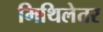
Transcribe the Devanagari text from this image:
मिथिलेतर